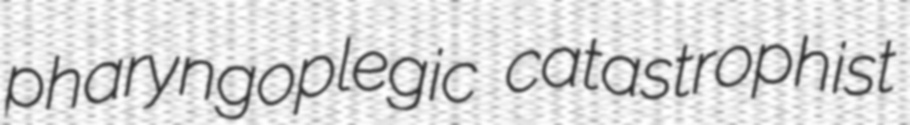
pharyngoplegic catastrophist